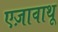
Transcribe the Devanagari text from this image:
एज़ावाथू